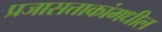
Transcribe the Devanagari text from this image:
प्रजासत्ताकांमधील